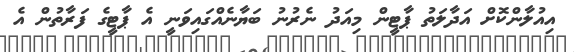
އިއުލާންކޮށް އަދާލަތު ޕާޓީން މިއަދު ނެރުނު ބަޔާނެއްގައިވަނީ އެ ޕާޓީގެ ފަރާތުން އެ